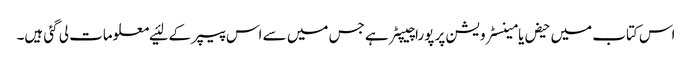
اس کتاب میں‌ حیض یا مینسٹرویشن پر پورا چیپٹر ہے جس میں‌ سے اس پیپر کے لئیے معلومات لی گئی ہیں۔